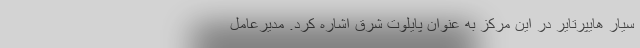
سیار هایپرتایر در این مرکز به عنوان پایلوت شرق اشاره کرد. مدیرعامل